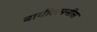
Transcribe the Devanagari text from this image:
बायीलमनीस